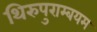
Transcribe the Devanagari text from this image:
थिरुपुराम्बयम